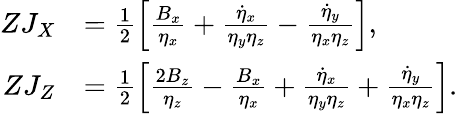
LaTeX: \begin{array}{rl}{ZJ_{X}}&{=\frac{1}{2}\Bigl[\frac{B_{x}}{\eta_{x}}+\frac{\dot{\eta}_{x}}{\eta_{y}\eta_{z}}-\frac{\dot{\eta}_{y}}{\eta_{x}\eta_{z}}\Bigl],}\\ {ZJ_{Z}}&{=\frac{1}{2}\Bigl[\frac{2B_{z}}{\eta_{z}}-\frac{B_{x}}{\eta_{x}}+\frac{\dot{\eta}_{x}}{\eta_{y}\eta_{z}}+\frac{\dot{\eta}_{y}}{\eta_{x}\eta_{z}}\Bigl].}\end{array}